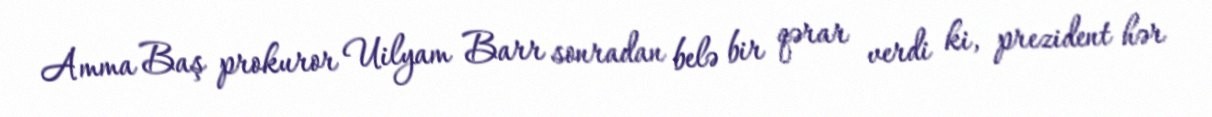
Amma Baş prokuror Uilyam Barr sonradan belə bir qərar verdi ki, prezident hər